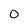
Character: O